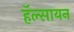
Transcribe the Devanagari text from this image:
हॅल्सायन